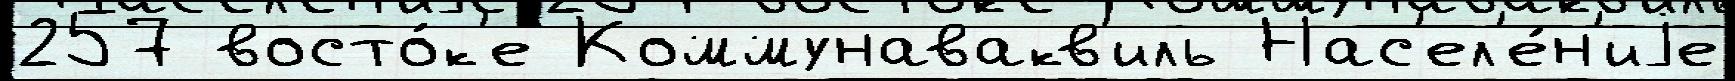
257 восто́к'е Коммунавакв'иль Нас'ел'е́н'иjе